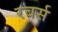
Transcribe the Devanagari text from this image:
रबर्स